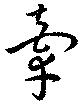
牽